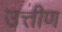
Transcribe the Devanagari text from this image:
उत्तीण